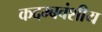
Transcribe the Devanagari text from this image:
कदम्बवंशीय